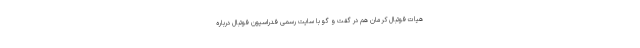
هیات فوتبال کرمان هم در گفت و گو با سایت رسمی فدراسیون فوتبال درباره